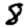
Digit: 8